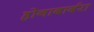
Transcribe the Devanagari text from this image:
होनाबार्बरा